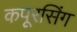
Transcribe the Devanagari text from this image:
कपूरसिंग